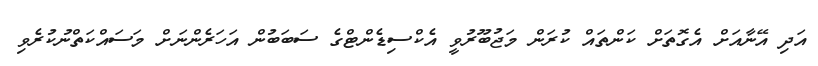
އަދި އޭނާއަށް އެގޮތަށް ކަންތައް ކުރަން މަޖުބޫރުވީ އެކްސިޑެންޓްގެ ސަބަބުން އަހަރެންނަށް މަސައްކަތްނުކުރެވި